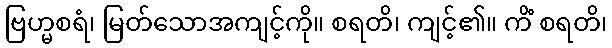
ဗြဟ္မစရံ၊ မြတ်သောအကျင့်ကို။ စရတိ၊ ကျင့်၏။ ကိံ စရတိ၊